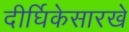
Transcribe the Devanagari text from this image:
दीर्घिकेसारखे